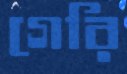
গেরি